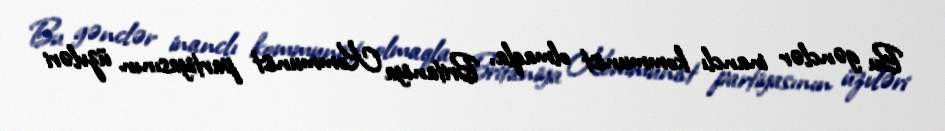
Bu gənclər inanclı kommunist olmaqla, Britaniya Kommunist partiyasının üzvləri